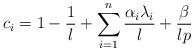
LaTeX: \begin{align*}c_i = 1-\frac{1}{l}+\sum_{i=1}^n\frac{\alpha_i \lambda_i}{l} + \frac{\beta}{lp}\end{align*}